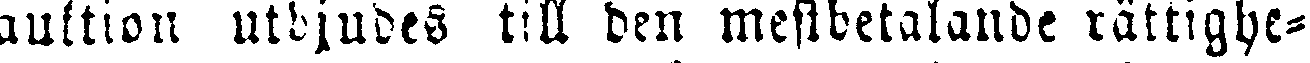
auktion utbjudes till den mestbetalande rättighe-